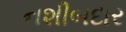
નશીબદાર